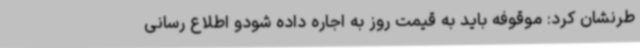
طرنشان کرد: موقوفه باید به قیمت روز به اجاره داده شودو اطلاع رسانی